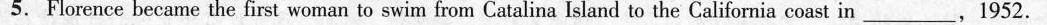
5. Florence became the first woman to swim from Catalina Island to the California coast in___,1952.